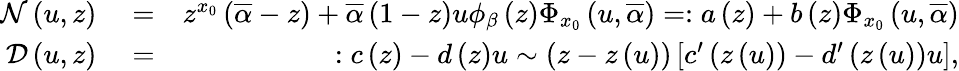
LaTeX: \begin{array}{rlr}{{\cal N}\left(u,z\right)}&{{}=}&{z^{x_{0}}\left(\overline{{\alpha}}-z\right)+\overline{{\alpha}}\left(1-z\right)u\phi_{\beta}\left(z\right)\Phi_{x_{0}}\left(u,\overline{{\alpha}}\right)=:a\left(z\right)+b\left(z\right)\Phi_{x_{0}}\left(u,\overline{{\alpha}}\right)}\\ {{\cal D}\left(u,z\right)}&{{}=}&{:c\left(z\right)-d\left(z\right)u\sim\left(z-z\left(u\right)\right)\left[c^{\prime}\left(z\left(u\right)\right)-d^{\prime}\left(z\left(u\right)\right)u\right],}\end{array}